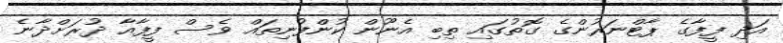
އަދި ފީފާގެ ޕާޓްނަރުންގެ ގޮތުގައި ތިބި އެނޫން ކުންފުނިތައް ވެސް ފީފާއާ ދުރަށްދާނެ